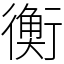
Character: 𧗾